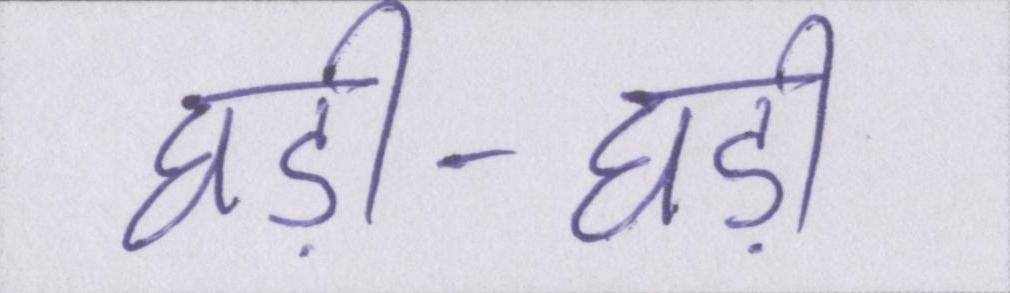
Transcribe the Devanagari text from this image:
घड़ी-घड़ी